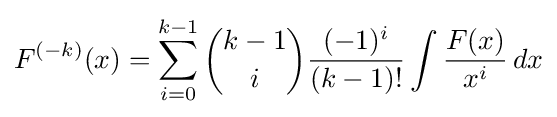
F^{(-k)}(x)=\sum _{i=0}^{k-1}{\binom {k-1}{i}}{\frac {(-1)^{i}}{(k-1)!}}\int {\frac {F(x)}{x^{i}}}\,dx